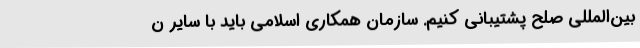
بین‌المللی صلح پشتیبانی کنیم. سازمان همکاری اسلامی باید با سایر ن